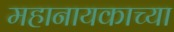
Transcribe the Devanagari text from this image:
महानायकाच्या